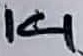
Text: 14